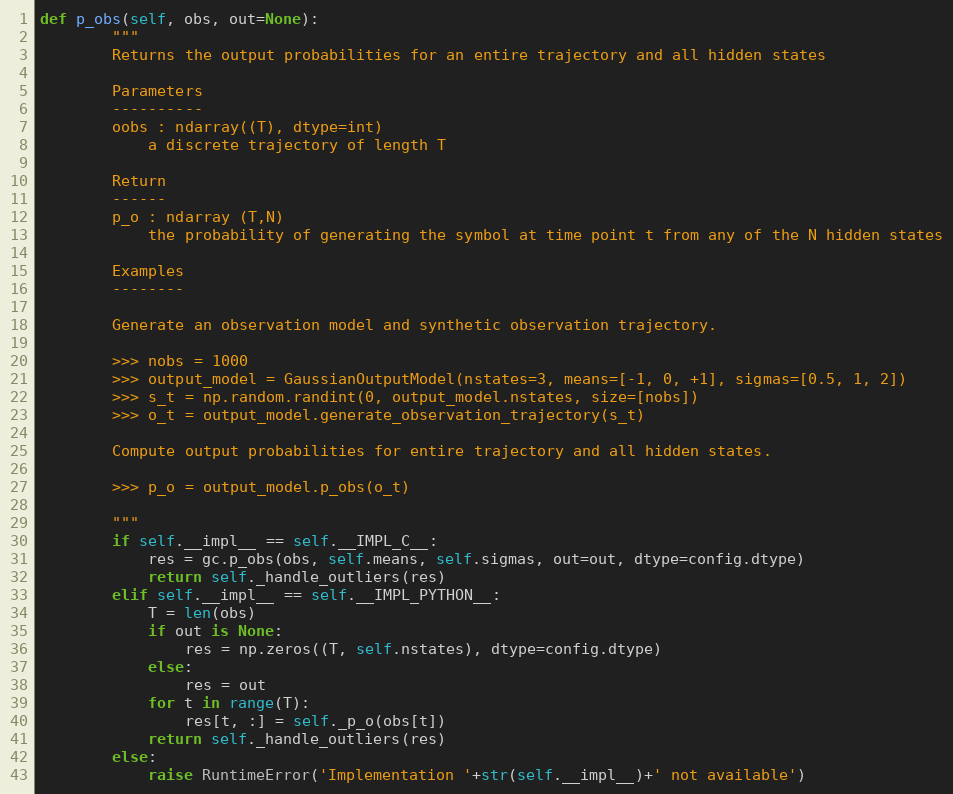
Language: Python
def p_obs(self, obs, out=None):
        """
        Returns the output probabilities for an entire trajectory and all hidden states

        Parameters
        ----------
        oobs : ndarray((T), dtype=int)
            a discrete trajectory of length T

        Return
        ------
        p_o : ndarray (T,N)
            the probability of generating the symbol at time point t from any of the N hidden states

        Examples
        --------

        Generate an observation model and synthetic observation trajectory.

        >>> nobs = 1000
        >>> output_model = GaussianOutputModel(nstates=3, means=[-1, 0, +1], sigmas=[0.5, 1, 2])
        >>> s_t = np.random.randint(0, output_model.nstates, size=[nobs])
        >>> o_t = output_model.generate_observation_trajectory(s_t)

        Compute output probabilities for entire trajectory and all hidden states.

        >>> p_o = output_model.p_obs(o_t)

        """
        if self.__impl__ == self.__IMPL_C__:
            res = gc.p_obs(obs, self.means, self.sigmas, out=out, dtype=config.dtype)
            return self._handle_outliers(res)
        elif self.__impl__ == self.__IMPL_PYTHON__:
            T = len(obs)
            if out is None:
                res = np.zeros((T, self.nstates), dtype=config.dtype)
            else:
                res = out
            for t in range(T):
                res[t, :] = self._p_o(obs[t])
            return self._handle_outliers(res)
        else:
            raise RuntimeError('Implementation '+str(self.__impl__)+' not available')